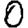
Digit: 0